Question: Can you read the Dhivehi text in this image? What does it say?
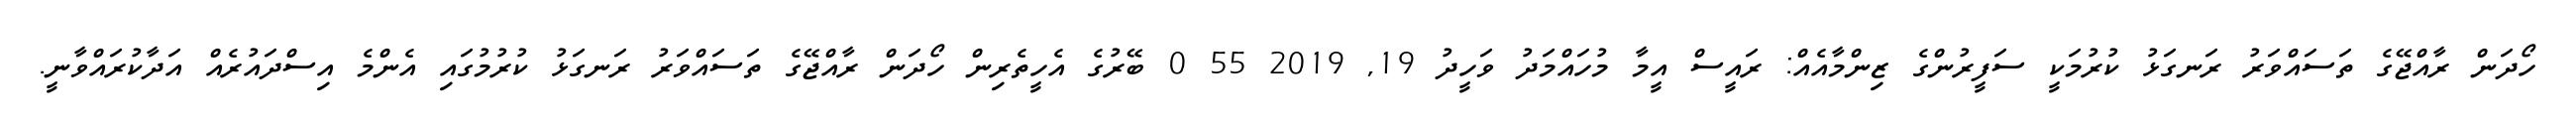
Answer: ހޯދަން ރާއްޖޭގެ ތަސައްވަރު ރަނގަޅު ކުރުމަކީ ސަފީރުންގެ ޒިންމާއެއް: ރައީސް އީމާ މުހައްމަދު ވަހީދު 19, 2019 55 0 ބޭރުގެ އެހީތެރިން ހޯދަން ރާއްޖޭގެ ތަސައްވަރު ރަނގަޅު ކުރުމުގައި އެންމެ އިސްދައުރެއް އަދާކުރައްވާނީ.